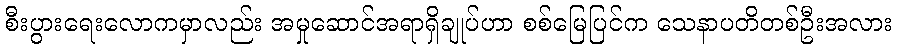
စီးပွားရေးလောကမှာလည်း အမှုဆောင်အရာရှိချုပ်ဟာ စစ်မြေပြင်က သေနာပတိတစ်ဦးအလား